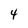
Character: 4